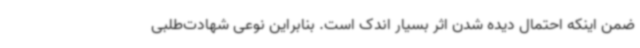
ضمن اینکه احتمال دیده شدن اثر بسیار اندک است. بنابراین نوعی شهادت‌طلبی